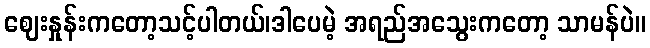
ဈေးနှုန်းကတော့သင့်ပါတယ်၊ဒါပေမဲ့ အရည်အသွေးကတော့ သာမန်ပဲ။